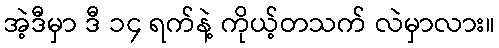
အဲ့ဒီမှာ ဒီ ၁၄ ရက်နဲ့ ကိုယ့်တသက် လဲမှာလား။